Indian journal of veterinary science and animal husbandry - Volume 11,
Year: 1941
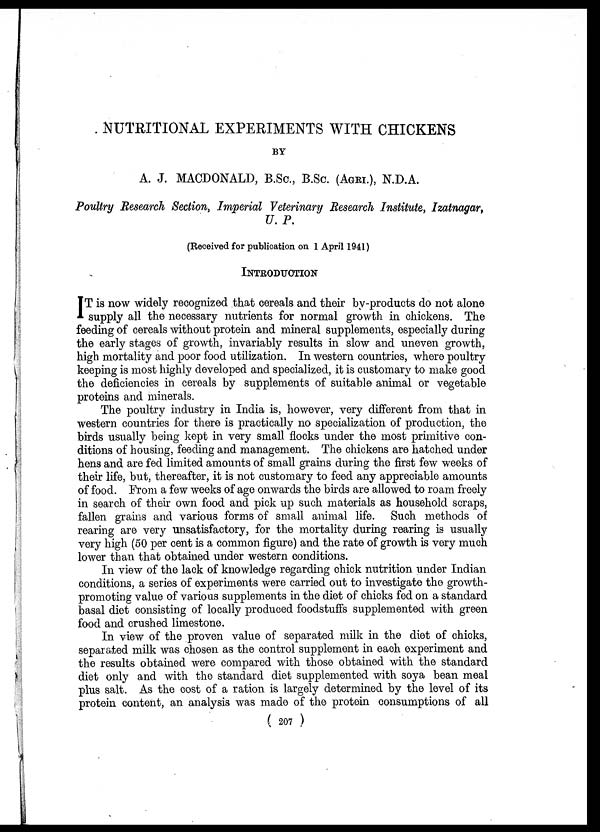
NUTRITIONAL EXPERIMENTS WITH CHICKENS
BY
A. J. MACDONALD, B.Sc., B.Sc. (AGRI.), N.D.A.
Poultry Research Section, Imperial Veterinary Research Institute, Izatnagar,
U.P.
(Received for publication on 1 April 1941)
INTRODUCTION
I T is now widely recognized that cereals and their by-products do not alone
supply all the necessary nutrients for normal growth in chickens. The
feeding of cereals without protein and mineral supplements, especially during
the early stages of growth, invariably results in slow and uneven growth,
high mortality and poor food utilization. In western countries, where poultry
keeping is most highly developed and specialized, it is customary to make good
the deficiencies in cereals by supplements of suitable animal or vegetable
proteins and minerals.
The poultry industry in India is, however, very different from that in
western countries for there is practically no specialization of production, the
birds usually being kept in very small flocks under the most primitive con-
ditions of housing, feeding and management. The chickens are hatched under
hens and are fed limited amounts of small grains during the first few weeks of
their life, but, thereafter, it is not customary to feed any appreciable amounts
of food. From a few weeks of age onwards the birds are allowed to roam freely
in search of their own food and pick up such materials as household scraps,
fallen grains and various forms of small animal life. Such methods of
rearing are very unsatisfactory, for the mortality during rearing is usually
very high (50 per cent is a common figure) and the rate of growth is very much
lower than that obtained under western conditions.
In view of the lack of knowledge regarding chick nutrition under Indian
conditions, a series of experiments were carried out to investigate the growth-
promoting value of various supplements in the diet of chicks fed on a standard
basal diet consisting of locally produced foodstuffs supplemented with green
food and crushed limestone.
In view of the proven value of separated milk in the diet of chicks,
separated milk was chosen as the control supplement in each experiment and
the results obtained were compared with those obtained with the standard
diet only and with the standard diet supplemented with soya bean meal
plus salt. As the cost of a ration is largely determined by the level of its
protein content, an analysis was made of the protein consumptions of all
( 207 )